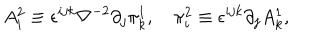
A _ { i } ^ { 2 } \equiv \epsilon ^ { i j k } \nabla ^ { - 2 } \partial _ { j } \pi _ { k } ^ { 1 } , \quad \pi _ { i } ^ { 2 } \equiv \epsilon ^ { i j k } \partial _ { j } A _ { k } ^ { 1 } ,